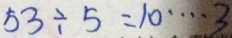
5 3 \div 5 = 1 0 \cdots 3